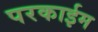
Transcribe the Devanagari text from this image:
परकाईम